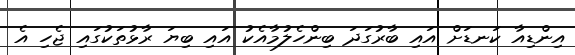
އިންޑިއާ ކަނޑަށް އައިި ބާރުގަދަ ބިންހެލުމާއެކު އައި ބިޔަ ރާޅުތަކުގައި ޖެހި އެ